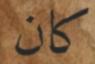
كان